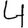
Digit: 4